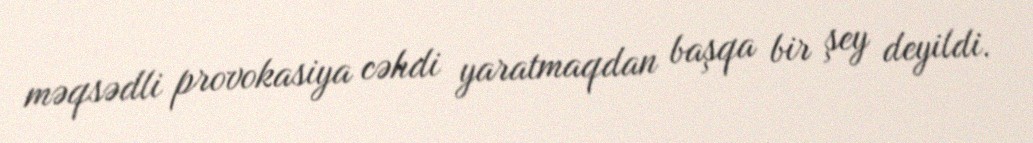
məqsədli provokasiya cəhdi yaratmaqdan başqa bir şey deyildi.